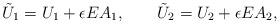
LaTeX: \begin{align*}\tilde{U}_1=U_1+\epsilon EA_1,\qquad\tilde{U}_2=U_2+\epsilon EA_2,\end{align*}